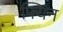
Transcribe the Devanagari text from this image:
फ्यिन